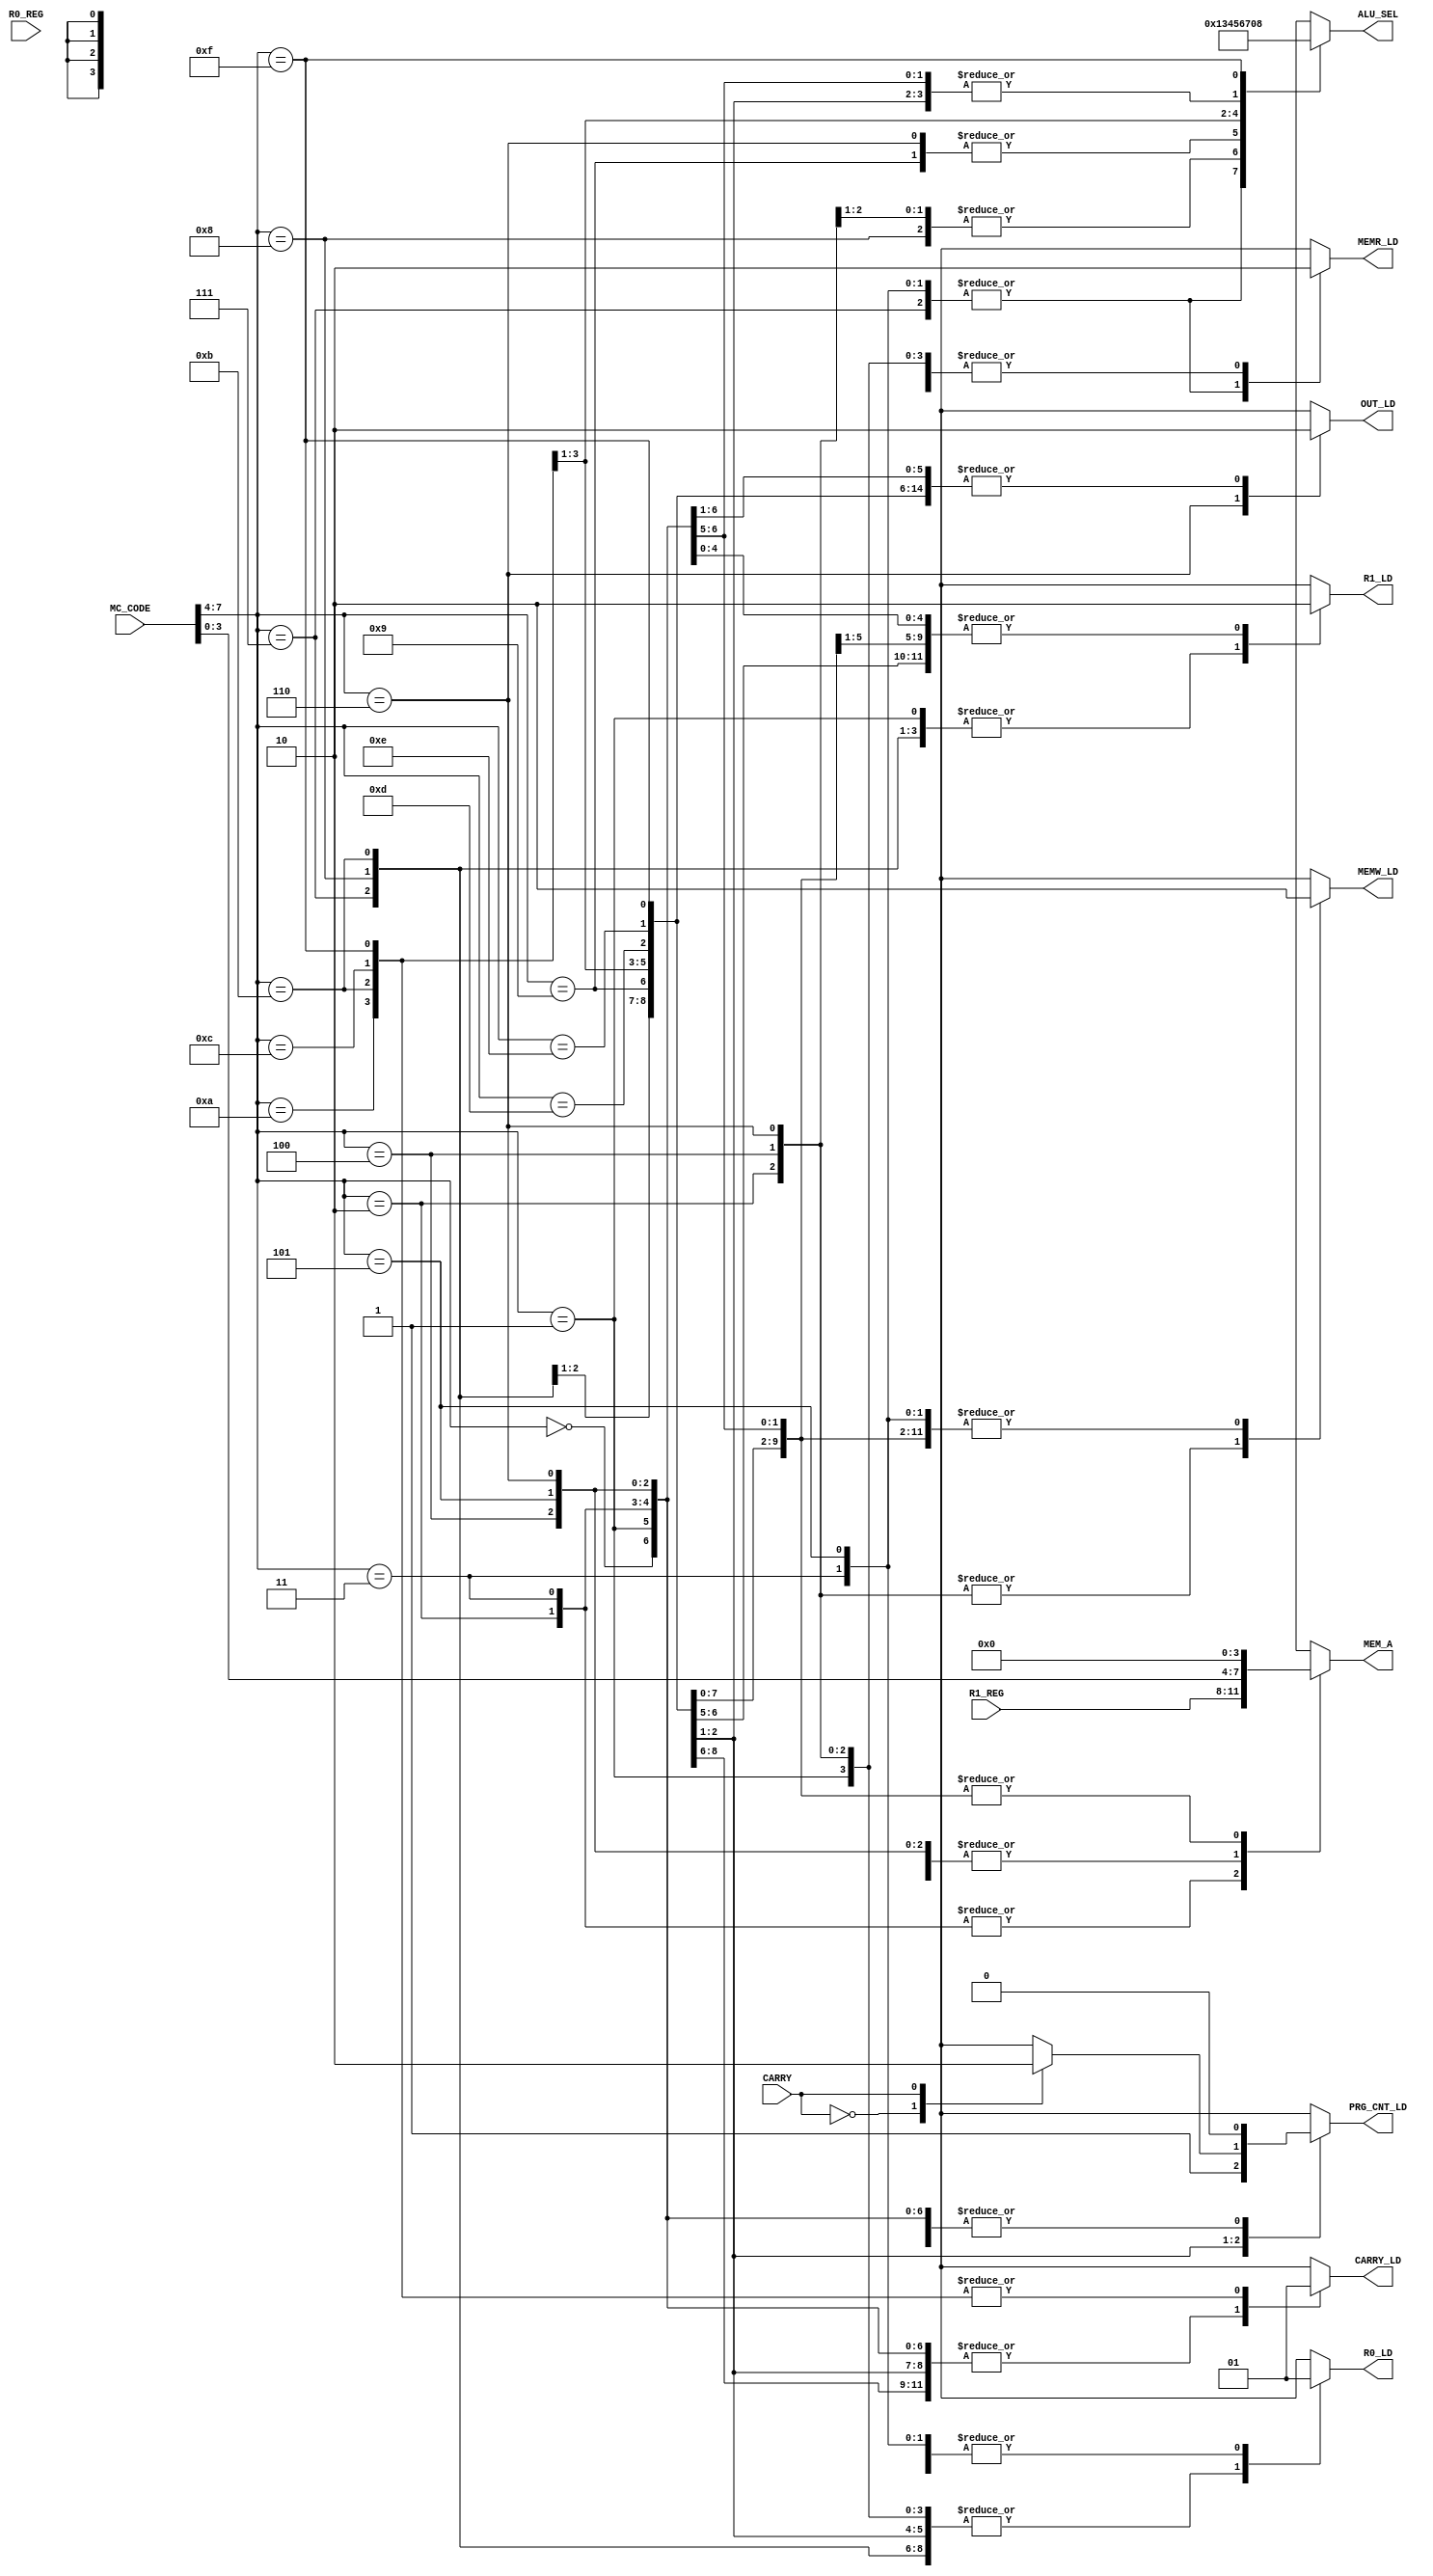
/*--------------------------------------------------------------------
--      File Name = prg_dec.v                                      --
--                                                                 --
--      Design    = Program Dec Block                              --
--                                                                 --
--      Revision  = 1.0         Date: 2011.6.15                    --
--      Revision  = 3.0         Date: 2015.11.22                   --
--      Revision  = 4.0         Date: 2016.05.09                   --
--  Ver  4.0         Date: 2016.05.09                              --
--  Ver  4.1         Date: 2020.11.09                              --
--                                                                 --
--  Copyright (C) 2011-2020                                        --
--      MITSUBISHI ELECTRIC                                        --
--                     MICRO-COMPUTER APPLICATION SOFTWARE         --
--                     COMPANY LIMITED                             --
--                     All Rights Reserved.                        --
---------------------------------------------------------------------*/

module prg_dec(
//input
      CARRY,
      MC_CODE,
      R0_REG,
      R1_REG,

//output
      R0_LD,
      R1_LD,
      MEM_A,
      MEMW_LD,
      MEMR_LD,
      OUT_LD,
      PRG_CNT_LD,
      CARRY_LD,
      ALU_SEL
);

parameter P_MEM   = 4'hC;                  // maximum address of USER MEMORY(1)
parameter P_IOIN  = 4'hD;                  // address of IOIN(memory mapped I/O)
parameter P_IOOUT = 4'hE;                  // address of IOOUT(memory mapped I/O)

//--- input --------------------------------------------------------------------
input        CARRY;                        // ALU CARRYOUT
input  [7:0] MC_CODE;                      // MACHINE CODE
input  [3:0] R0_REG;                       // R0 REG
input  [3:0] R1_REG;                       // R1 REG

//--- output -------------------------------------------------------------------
output       R0_LD,R1_LD,MEMW_LD,MEMR_LD;   // REG LOAD PULSE
output       OUT_LD,PRG_CNT_LD;             // REG LOAD PULSE
output       CARRY_LD;                      // REG LOAD PULSE
output [3:0] ALU_SEL;                       // ALU SELECTER
output [3:0] MEM_A;                         // MEMORY ADDRESS

//----- reg ----------------------------------------------
reg    [3:0] ALU_SEL;                        // ALU SELECT
reg          R0_LD,R1_LD,OUT_LD,PRG_CNT_LD;  // ALU LOAD PULSE
reg          CARRY_LD;                       // ALU LOAD PULSE
reg          MEMW_LD,MEMR_LD;                // MEMORY LOAD PULSE
reg    [3:0] MEM_A;                          // MEMORY ADDRESS


//****************************** Start of Module ******************************

//---------------------------
//  DECODER
//---------------------------
    always @( MC_CODE or CARRY or R1_REG )
    begin
        case( MC_CODE[7:4] )
        4'h0:                // MOV R0,Im
            begin
                R0_LD       = 1'b1;
                R1_LD       = 1'b0;
                MEM_A       = 4'h0;
                MEMW_LD     = 1'b0;
                MEMR_LD     = 1'b0;
                OUT_LD      = 1'b0;
                PRG_CNT_LD  = 1'b0;
                CARRY_LD    = 1'b0;
                ALU_SEL     = 4'h0;
            end
        4'h1:                // MOV R1,Im
            begin
                R0_LD       = 1'b0;
                R1_LD       = 1'b1;
                MEM_A       = 4'h0;
                MEMW_LD     = 1'b0;
                MEMR_LD     = 1'b0;
                OUT_LD      = 1'b0;
                PRG_CNT_LD  = 1'b0;
                CARRY_LD    = 1'b0;
                ALU_SEL     = 4'h0;
            end

        4'h2:                // MOV @R1,R0
            begin
                R0_LD       = 1'b0;
                R1_LD       = 1'b0;
                MEM_A       = R1_REG;
                MEMW_LD     = 1'b1;
                MEMR_LD     = 1'b0;
                OUT_LD      = 1'b0;
                PRG_CNT_LD  = 1'b0;
                CARRY_LD    = 1'b0;
                ALU_SEL     = 4'h3;
            end

        4'h3:                // MOV R0,@R1
            begin
                R0_LD       = 1'b1;
                R1_LD       = 1'b0;
                MEM_A       = R1_REG;
                MEMW_LD     = 1'b0;
                MEMR_LD     = 1'b1;
                OUT_LD      = 1'b0;
                PRG_CNT_LD  = 1'b0;
                CARRY_LD    = 1'b0;
                ALU_SEL     = 4'h1;
            end

        4'h4:                // MOV @Im,R0
            begin
                R0_LD       = 1'b0;
                R1_LD       = 1'b0;
                MEM_A       = MC_CODE[3:0];
                MEMW_LD     = 1'b1;
                MEMR_LD     = 1'b0;
                OUT_LD      = 1'b0;
                PRG_CNT_LD  = 1'b0;
                CARRY_LD    = 1'b0;
                ALU_SEL     = 4'h3;
            end

        4'h5:                // MOV R0,@Im
            begin
                R0_LD       = 1'b1;
                R1_LD       = 1'b0;
                MEM_A       = MC_CODE[3:0];
                MEMW_LD     = 1'b0;
                MEMR_LD     = 1'b1;
                OUT_LD      = 1'b0;
                PRG_CNT_LD  = 1'b0;
                CARRY_LD    = 1'b0;
                ALU_SEL     = 4'h1;
            end

        4'h6:                // MOV @Im,R1
            begin
                R0_LD       = 1'b0;
                R1_LD       = 1'b0;
                MEM_A       = MC_CODE[3:0];
                MEMW_LD     = 1'b1;
                MEMR_LD     = 1'b0;
                OUT_LD      = 1'b1;
                PRG_CNT_LD  = 1'b0;
                CARRY_LD    = 1'b0;
                ALU_SEL     = 4'h4;
            end

        4'h7:                // MOV R1,@Im
            begin
                R0_LD       = 1'b0;
                R1_LD       = 1'b1;
                MEM_A       = MC_CODE[3:0];
                MEMW_LD     = 1'b0;
                MEMR_LD     = 1'b1;
                OUT_LD      = 1'b0;
                PRG_CNT_LD  = 1'b0;
                CARRY_LD    = 1'b0;
                ALU_SEL     = 4'h1;
            end

        4'h8:                // MOV R1,R0
            begin
                R0_LD       = 1'b0;
                R1_LD       = 1'b1;
                MEM_A       = 4'h0;
                MEMW_LD     = 1'b0;
                MEMR_LD     = 1'b0;
                OUT_LD      = 1'b0;
                PRG_CNT_LD  = 1'b0;
                CARRY_LD    = 1'b0;
                ALU_SEL     = 4'h3;
            end

        4'h9:                // MOV R0,R1
            begin
                R0_LD       = 1'b1;
                R1_LD       = 1'b0;
                MEM_A       = 4'h0;
                MEMW_LD     = 1'b0;
                MEMR_LD     = 1'b0;
                OUT_LD      = 1'b0;
                PRG_CNT_LD  = 1'b0;
                CARRY_LD    = 1'b0;
                ALU_SEL     = 4'h4;
            end

        4'hA:                // ADD R0,Im
            begin
                R0_LD       = 1'b1;
                R1_LD       = 1'b0;
                MEM_A       = 4'h0;
                MEMW_LD     = 1'b0;
                MEMR_LD     = 1'b0;
                OUT_LD      = 1'b0;
                PRG_CNT_LD  = 1'b0;
                CARRY_LD    = 1'b1;
                ALU_SEL     = 4'h5;
            end

        4'hB:                // ADD R1,Im
            begin
                R0_LD       = 1'b0;
                R1_LD       = 1'b1;
                MEM_A       = 4'h0;
                MEMW_LD     = 1'b0;
                MEMR_LD     = 1'b0;
                OUT_LD      = 1'b0;
                PRG_CNT_LD  = 1'b0;
                CARRY_LD    = 1'b1;
                ALU_SEL     = 4'h6;
            end

        4'hC:                // ADD R0,R1
            begin
                R0_LD       = 1'b1;
                R1_LD       = 1'b0;
                MEM_A       = 4'h0;
                MEMW_LD     = 1'b0;
                MEMR_LD     = 1'b0;
                OUT_LD      = 1'b0;
                PRG_CNT_LD  = 1'b0;
                CARRY_LD    = 1'b1;
                ALU_SEL     = 4'h7;
            end

        4'hD:                // JMP Im
            begin
                R0_LD       = 1'b0;
                R1_LD       = 1'b0;
                MEM_A       = 4'h0;
                MEMW_LD     = 1'b0;
                MEMR_LD     = 1'b0;
                OUT_LD      = 1'b0;
                PRG_CNT_LD  = 1'b1;
                CARRY_LD    = 1'b0;
                ALU_SEL     = 4'h0;
            end

        4'hE:                // JNC ALU_SEL
            begin
                case(CARRY)
                1'b0:
                begin
                    R0_LD       = 1'b0;
                    R1_LD       = 1'b0;
                    MEM_A       = 4'h0;
                    MEMW_LD     = 1'b0;
                    MEMR_LD     = 1'b0;
                    OUT_LD      = 1'b0;
                    PRG_CNT_LD  = 1'b1;
                    CARRY_LD    = 1'b0;
                    ALU_SEL     = 4'h0;
                end
                1'b1:
                begin
                    R0_LD       = 1'b0;
                    R1_LD       = 1'b0;
                    MEM_A       = 4'h0;
                    MEMW_LD     = 1'b0;
                    MEMR_LD     = 1'b0;
                    OUT_LD      = 1'b0;
                    PRG_CNT_LD  = 1'b0;
                    CARRY_LD    = 1'b0;
                    ALU_SEL     = 4'h0;
                end
                endcase
            end

        4'hF:                // SUB R0,R1
            begin
                R0_LD       = 1'b1;
                R1_LD       = 1'b0;
                MEM_A       = 4'h0;
                MEMW_LD     = 1'b0;
                MEMR_LD     = 1'b0;
                OUT_LD      = 1'b0;
                PRG_CNT_LD  = 1'b0;
                CARRY_LD    = 1'b1;
                ALU_SEL     = 4'h8;
            end

        default:              // 
            begin
                R0_LD       = 1'b0;
                R1_LD       = 1'b0;
                MEM_A       = 4'h0;
                MEMW_LD     = 1'b0;
                MEMR_LD     = 1'b0;
                OUT_LD      = 1'b0;
                PRG_CNT_LD  = 1'b1;
                CARRY_LD    = 1'b0;
                ALU_SEL     = 4'hF;
            end
        endcase
    end

endmodule